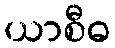
ယာစီဓ